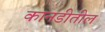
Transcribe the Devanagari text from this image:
कानडीतील